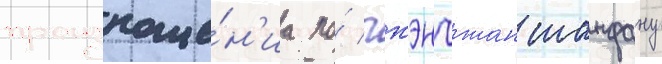
произноше́н'иа по́ чжэнчжан шанфану